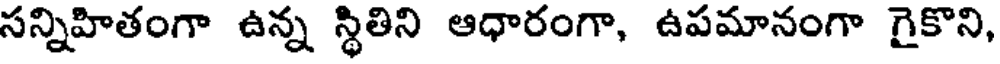
సన్నిహితంగా ఉన్న స్థితిని ఆధారంగా, ఉపమానంగా గైకొని,